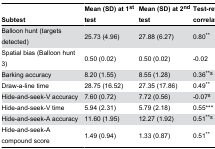
<table><thead><tr><td><b>Subtest</b></td><td><b>Mean (SD) at 1<sup>st</sup> test</b></td><td><b>Mean (SD) at 2<sup>nd</sup> test</b></td><td><b>Test-retest correlation</b></td></tr></thead><tbody><tr><td>Balloon hunt (targets detected)</td><td>25.73 (4.96) </td><td>27.88 (6.27)</td><td>0.80**</td></tr><tr><td>Spatial bias (Balloon hunt 3)</td><td>0.50 (0.02)</td><td>0.50 (0.02)</td><td>-0.02 </td></tr><tr><td>Barking accuracy</td><td>8.20 (1.55)</td><td>8.55 (1.28)</td><td>0.36**<sup>s</sup></td></tr><tr><td>Draw-a-line time</td><td>28.75 (16.52) </td><td>27.35 (17.86)</td><td>0.49**</td></tr><tr><td>Hide-and-seek-V accuracy</td><td>7.60 (0.72) </td><td>7.72 (0.56) </td><td>-0.07<sup>s</sup></td></tr><tr><td>Hide-and-seek-V time</td><td>5.94 (2.31) </td><td>5.79 (2.18)</td><td>0.55*** </td></tr><tr><td>Hide-and-seek-A accuracy</td><td>11.60 (1.95) </td><td>12.27 (1.92)</td><td>0.51**<sup>s</sup></td></tr><tr><td>Hide-and-seek-A compound score</td><td>1.49 (0.94)</td><td>1.33 (0.87)</td><td>0.51**</td></tr></tbody></table>